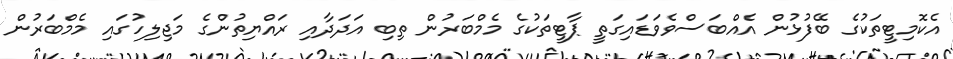
އެކޮމިޓީތަކުގެ ބޭފުޅުން އެއްބަސްވެވަޑައިގަތީ ޕާޓީތަކުގެ މެމްބަރުން ތިބި އަދަދާއި ރައްޔިތުންގެ މަޖިލިހުގައި މެމްބަރުން